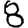
Digit: 8